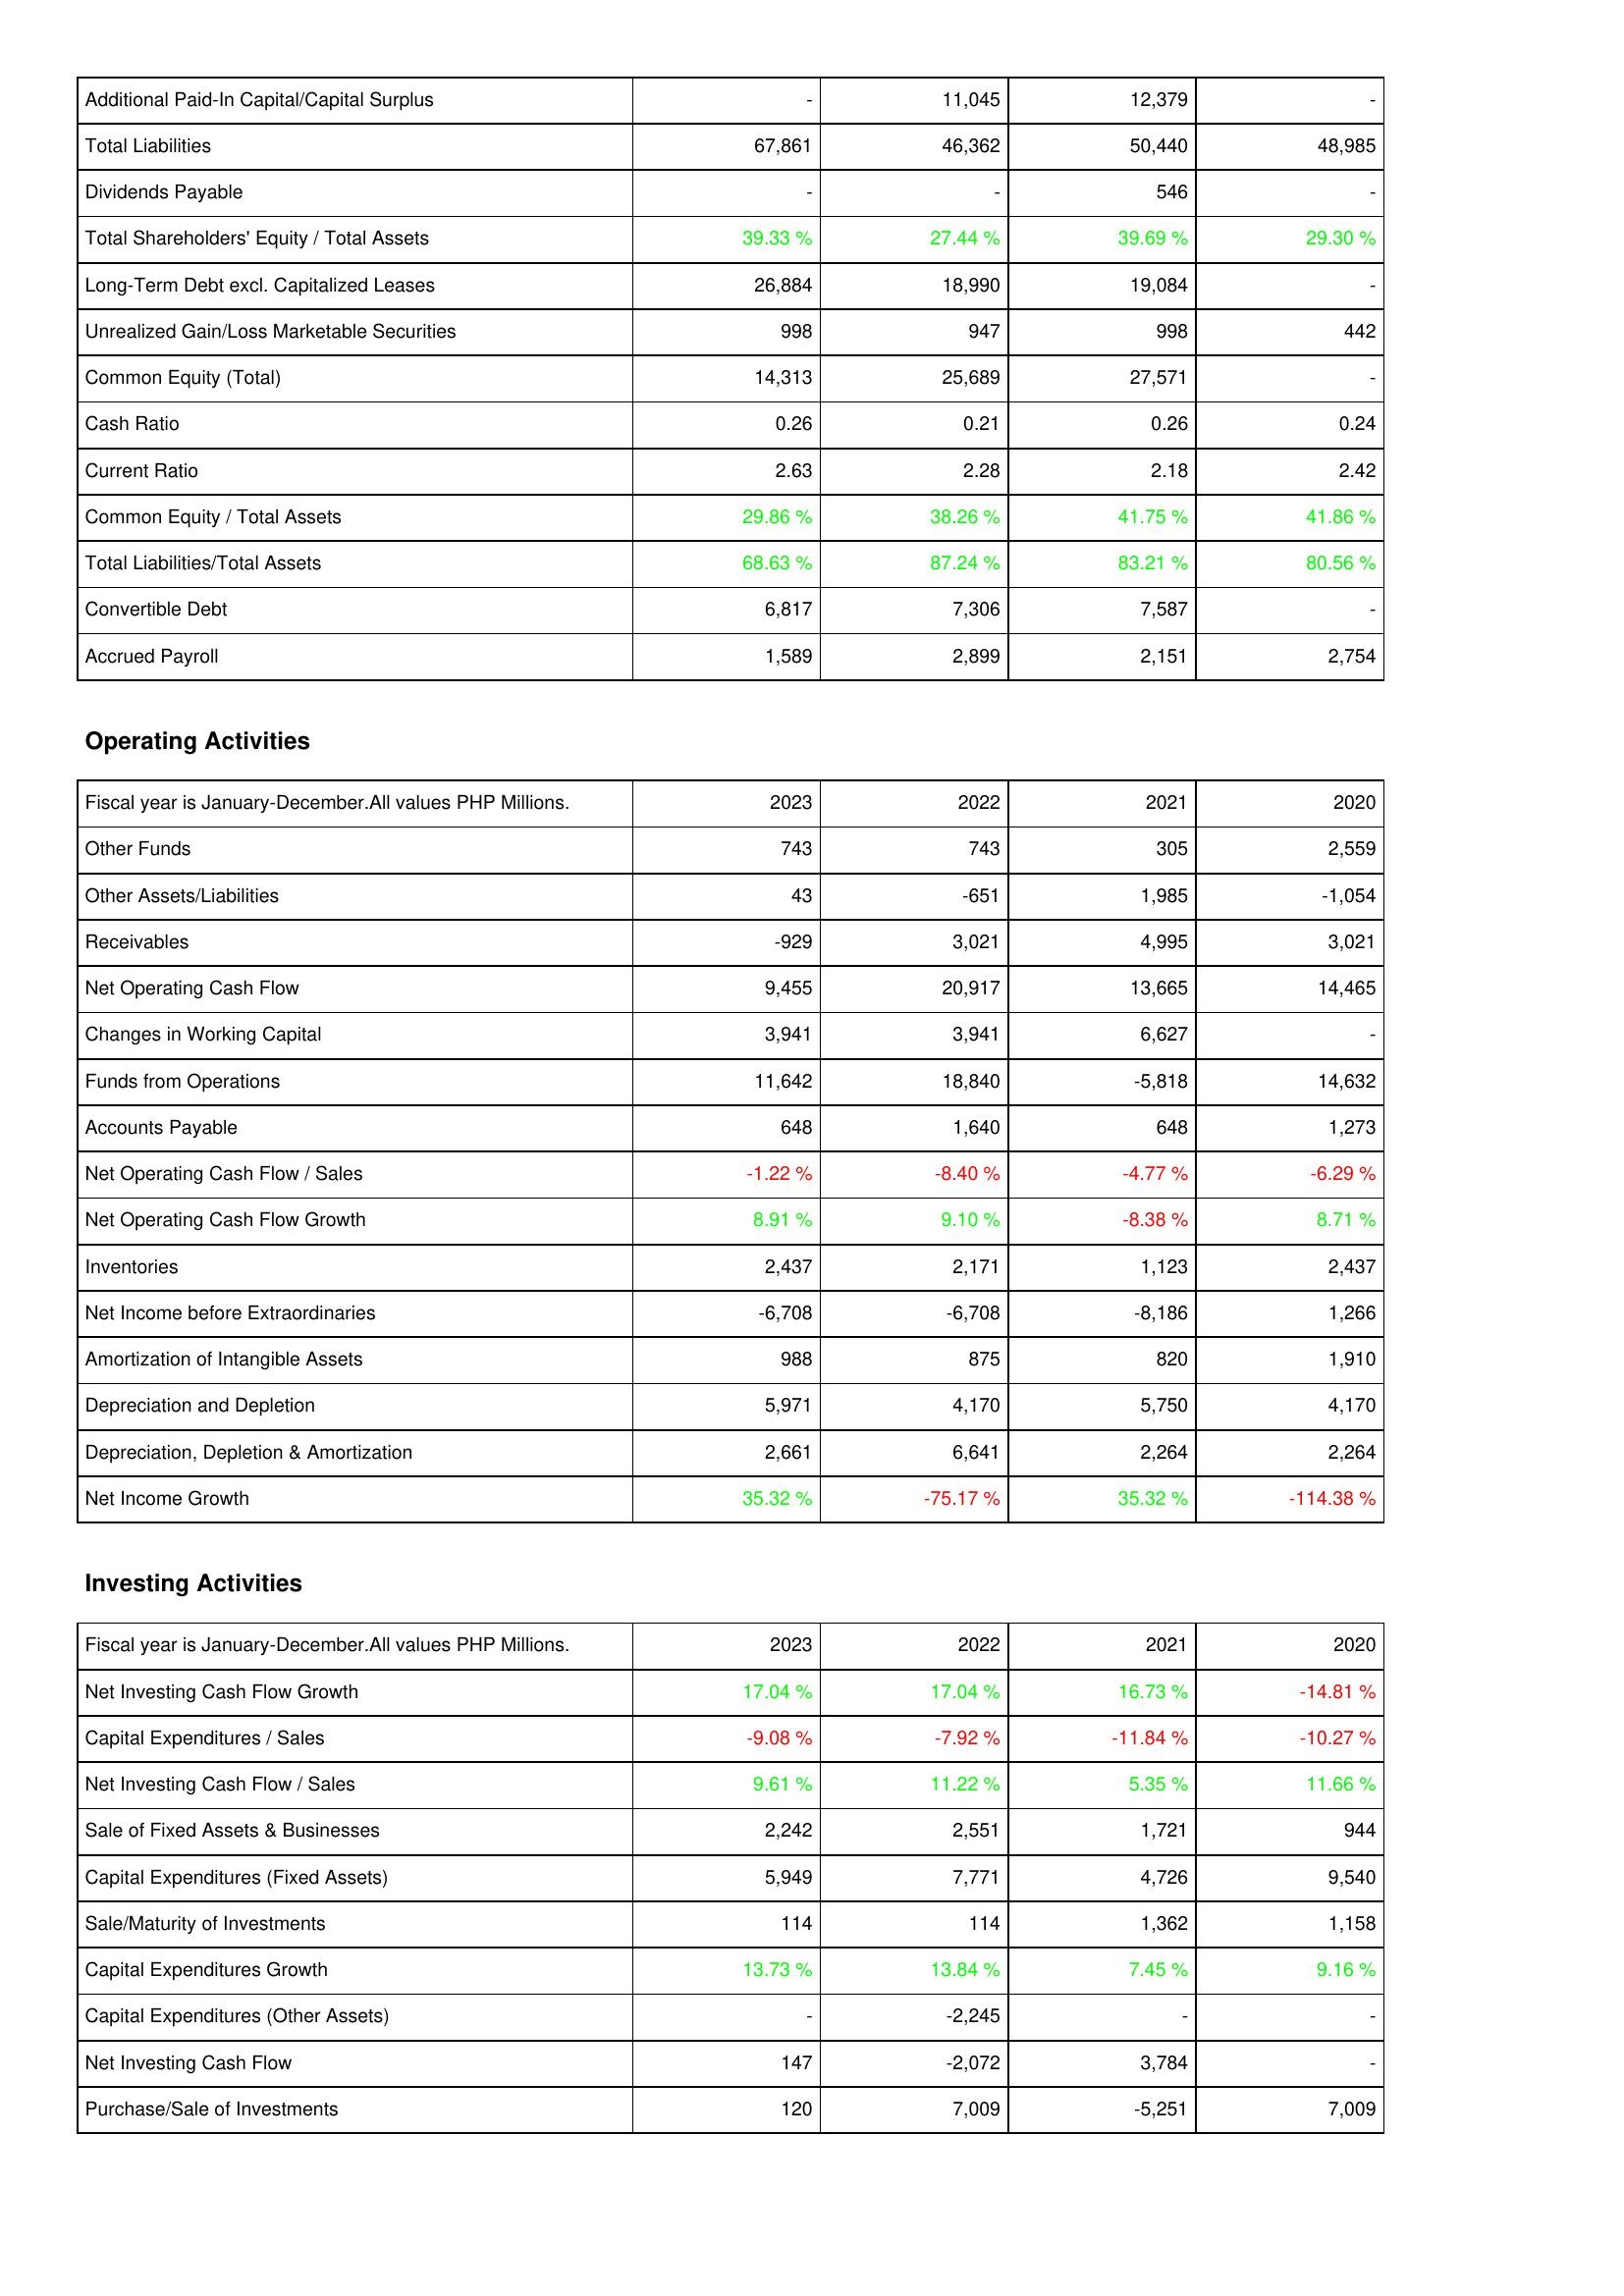
2023: Liabilities & Shareholders' Equity: Additional Paid-In Capital/Capital Surplus: -
Total Liabilities: 67,861
Dividends Payable: -
Total Shareholders' Equity / Total Assets: 39.33 %
Long-Term Debt excl. Capitalized Leases: 26,884
Unrealized Gain/Loss Marketable Securities: 998
Common Equity (Total): 14,313
Cash Ratio: 0.26
Current Ratio: 2.63
Common Equity / Total Assets: 29.86 %
Total Liabilities/Total Assets: 68.63 %
Convertible Debt: 6,817
Accrued Payroll: 1,589
Operating Activities: Other Funds: 743
Other Assets/Liabilities: 43
Receivables: -929
Net Operating Cash Flow: 9,455
Changes in Working Capital: 3,941
Funds from Operations: 11,642
Accounts Payable: 648
Net Operating Cash Flow / Sales: -1.22 %
Net Operating Cash Flow Growth: 8.91 %
Inventories: 2,437
Net Income before Extraordinaries: -6,708
Amortization of Intangible Assets: 988
Depreciation and Depletion: 5,971
Depreciation, Depletion & Amortization: 2,661
Net Income Growth: 35.32 %
Investing Activities: Net Investing Cash Flow Growth: 17.04 %
Capital Expenditures / Sales: -9.08 %
Net Investing Cash Flow / Sales: 9.61 %
Sale of Fixed Assets & Businesses: 2,242
Capital Expenditures (Fixed Assets): 5,949
Sale/Maturity of Investments: 114
Capital Expenditures Growth: 13.73 %
Capital Expenditures (Other Assets): -
Net Investing Cash Flow: 147
Purchase/Sale of Investments: 120
2022: Liabilities & Shareholders' Equity: Additional Paid-In Capital/Capital Surplus: 11,045
Total Liabilities: 46,362
Dividends Payable: -
Total Shareholders' Equity / Total Assets: 27.44 %
Long-Term Debt excl. Capitalized Leases: 18,990
Unrealized Gain/Loss Marketable Securities: 947
Common Equity (Total): 25,689
Cash Ratio: 0.21
Current Ratio: 2.28
Common Equity / Total Assets: 38.26 %
Total Liabilities/Total Assets: 87.24 %
Convertible Debt: 7,306
Accrued Payroll: 2,899
Operating Activities: Other Funds: 743
Other Assets/Liabilities: -651
Receivables: 3,021
Net Operating Cash Flow: 20,917
Changes in Working Capital: 3,941
Funds from Operations: 18,840
Accounts Payable: 1,640
Net Operating Cash Flow / Sales: -8.40 %
Net Operating Cash Flow Growth: 9.10 %
Inventories: 2,171
Net Income before Extraordinaries: -6,708
Amortization of Intangible Assets: 875
Depreciation and Depletion: 4,170
Depreciation, Depletion & Amortization: 6,641
Net Income Growth: -75.17 %
Investing Activities: Net Investing Cash Flow Growth: 17.04 %
Capital Expenditures / Sales: -7.92 %
Net Investing Cash Flow / Sales: 11.22 %
Sale of Fixed Assets & Businesses: 2,551
Capital Expenditures (Fixed Assets): 7,771
Sale/Maturity of Investments: 114
Capital Expenditures Growth: 13.84 %
Capital Expenditures (Other Assets): -2,245
Net Investing Cash Flow: -2,072
Purchase/Sale of Investments: 7,009
2021: Liabilities & Shareholders' Equity: Additional Paid-In Capital/Capital Surplus: 12,379
Total Liabilities: 50,440
Dividends Payable: 546
Total Shareholders' Equity / Total Assets: 39.69 %
Long-Term Debt excl. Capitalized Leases: 19,084
Unrealized Gain/Loss Marketable Securities: 998
Common Equity (Total): 27,571
Cash Ratio: 0.26
Current Ratio: 2.18
Common Equity / Total Assets: 41.75 %
Total Liabilities/Total Assets: 83.21 %
Convertible Debt: 7,587
Accrued Payroll: 2,151
Operating Activities: Other Funds: 305
Other Assets/Liabilities: 1,985
Receivables: 4,995
Net Operating Cash Flow: 13,665
Changes in Working Capital: 6,627
Funds from Operations: -5,818
Accounts Payable: 648
Net Operating Cash Flow / Sales: -4.77 %
Net Operating Cash Flow Growth: -8.38 %
Inventories: 1,123
Net Income before Extraordinaries: -8,186
Amortization of Intangible Assets: 820
Depreciation and Depletion: 5,750
Depreciation, Depletion & Amortization: 2,264
Net Income Growth: 35.32 %
Investing Activities: Net Investing Cash Flow Growth: 16.73 %
Capital Expenditures / Sales: -11.84 %
Net Investing Cash Flow / Sales: 5.35 %
Sale of Fixed Assets & Businesses: 1,721
Capital Expenditures (Fixed Assets): 4,726
Sale/Maturity of Investments: 1,362
Capital Expenditures Growth: 7.45 %
Capital Expenditures (Other Assets): -
Net Investing Cash Flow: 3,784
Purchase/Sale of Investments: -5,251
2020: Liabilities & Shareholders' Equity: Additional Paid-In Capital/Capital Surplus: -
Total Liabilities: 48,985
Dividends Payable: -
Total Shareholders' Equity / Total Assets: 29.30 %
Long-Term Debt excl. Capitalized Leases: -
Unrealized Gain/Loss Marketable Securities: 442
Common Equity (Total): -
Cash Ratio: 0.24
Current Ratio: 2.42
Common Equity / Total Assets: 41.86 %
Total Liabilities/Total Assets: 80.56 %
Convertible Debt: -
Accrued Payroll: 2,754
Operating Activities: Other Funds: 2,559
Other Assets/Liabilities: -1,054
Receivables: 3,021
Net Operating Cash Flow: 14,465
Changes in Working Capital: -
Funds from Operations: 14,632
Accounts Payable: 1,273
Net Operating Cash Flow / Sales: -6.29 %
Net Operating Cash Flow Growth: 8.71 %
Inventories: 2,437
Net Income before Extraordinaries: 1,266
Amortization of Intangible Assets: 1,910
Depreciation and Depletion: 4,170
Depreciation, Depletion & Amortization: 2,264
Net Income Growth: -114.38 %
Investing Activities: Net Investing Cash Flow Growth: -14.81 %
Capital Expenditures / Sales: -10.27 %
Net Investing Cash Flow / Sales: 11.66 %
Sale of Fixed Assets & Businesses: 944
Capital Expenditures (Fixed Assets): 9,540
Sale/Maturity of Investments: 1,158
Capital Expenditures Growth: 9.16 %
Capital Expenditures (Other Assets): -
Net Investing Cash Flow: -
Purchase/Sale of Investments: 7,009